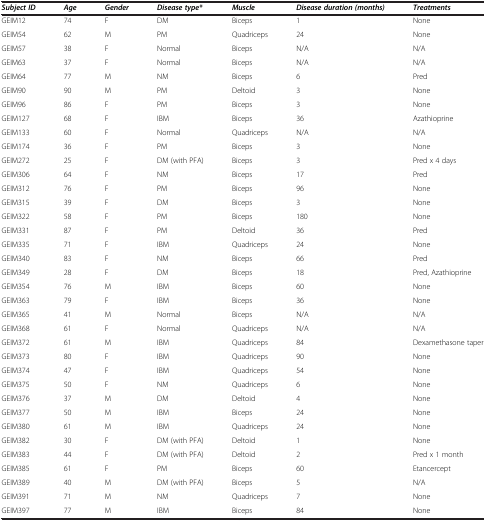
<table><thead><tr><td><b><i>Subject ID</i></b></td><td><b><i>Age</i></b></td><td><b><i>Gender</i></b></td><td><b><i>Disease type*</i></b></td><td><b><i>Muscle</i></b></td><td><b><i>Disease duration (months)</i></b></td><td><b><i>Treatments</i></b></td></tr></thead><tbody><tr><td>GEIM12</td><td>74</td><td>F</td><td>DM</td><td>Biceps</td><td>1</td><td>None</td></tr><tr><td>GEIM54</td><td>62</td><td>M</td><td>PM</td><td>Quadriceps</td><td>24</td><td>None</td></tr><tr><td>GEIM57</td><td>38</td><td>F</td><td>Normal</td><td>Biceps</td><td>N/A</td><td>N/A</td></tr><tr><td>GEIM63</td><td>37</td><td>F</td><td>Normal</td><td>Biceps</td><td>N/A</td><td>N/A</td></tr><tr><td>GEIM64</td><td>77</td><td>M</td><td>NM</td><td>Biceps</td><td>6</td><td>Pred</td></tr><tr><td>GEIM90</td><td>90</td><td>M</td><td>PM</td><td>Deltoid</td><td>3</td><td>None</td></tr><tr><td>GEIM96</td><td>86</td><td>F</td><td>PM</td><td>Biceps</td><td>3</td><td>None</td></tr><tr><td>GEIM127</td><td>68</td><td>F</td><td>IBM</td><td>Biceps</td><td>36</td><td>Azathioprine</td></tr><tr><td>GEIM133</td><td>60</td><td>F</td><td>Normal</td><td>Quadriceps</td><td>N/A</td><td>N/A</td></tr><tr><td>GEIM174</td><td>36</td><td>F</td><td>PM</td><td>Biceps</td><td>3</td><td>None</td></tr><tr><td>GEIM272</td><td>25</td><td>F</td><td>DM (with PFA)</td><td>Biceps</td><td>3</td><td>Pred x 4 days</td></tr><tr><td>GEIM306</td><td>64</td><td>F</td><td>NM</td><td>Biceps</td><td>17</td><td>Pred</td></tr><tr><td>GEIM312</td><td>76</td><td>F</td><td>PM</td><td>Biceps</td><td>96</td><td>None</td></tr><tr><td>GEIM315</td><td>39</td><td>F</td><td>DM</td><td>Biceps</td><td>3</td><td>None</td></tr><tr><td>GEIM322</td><td>58</td><td>F</td><td>PM</td><td>Biceps</td><td>180</td><td>None</td></tr><tr><td>GEIM331</td><td>87</td><td>F</td><td>PM</td><td>Deltoid</td><td>36</td><td>Pred</td></tr><tr><td>GEIM335</td><td>71</td><td>F</td><td>IBM</td><td>Quadriceps</td><td>24</td><td>None</td></tr><tr><td>GEIM340</td><td>83</td><td>F</td><td>NM</td><td>Biceps</td><td>66</td><td>Pred</td></tr><tr><td>GEIM349</td><td>28</td><td>F</td><td>DM</td><td>Biceps</td><td>18</td><td>Pred, Azathioprine</td></tr><tr><td>GEIM354</td><td>76</td><td>M</td><td>IBM</td><td>Biceps</td><td>60</td><td>None</td></tr><tr><td>GEIM363</td><td>79</td><td>F</td><td>IBM</td><td>Biceps</td><td>36</td><td>None</td></tr><tr><td>GEIM365</td><td>41</td><td>M</td><td>Normal</td><td>Biceps</td><td>N/A</td><td>N/A</td></tr><tr><td>GEIM368</td><td>61</td><td>F</td><td>Normal</td><td>Quadriceps</td><td>N/A</td><td>N/A</td></tr><tr><td>GEIM372</td><td>61</td><td>M</td><td>IBM</td><td>Quadriceps</td><td>84</td><td>Dexamethasone taper</td></tr><tr><td>GEIM373</td><td>80</td><td>F</td><td>IBM</td><td>Quadriceps</td><td>90</td><td>None</td></tr><tr><td>GEIM374</td><td>47</td><td>F</td><td>IBM</td><td>Quadriceps</td><td>54</td><td>None</td></tr><tr><td>GEIM375</td><td>50</td><td>F</td><td>NM</td><td>Quadriceps</td><td>6</td><td>None</td></tr><tr><td>GEIM376</td><td>37</td><td>M</td><td>DM</td><td>Deltoid</td><td>4</td><td>None</td></tr><tr><td>GEIM377</td><td>50</td><td>M</td><td>IBM</td><td>Biceps</td><td>24</td><td>None</td></tr><tr><td>GEIM380</td><td>61</td><td>M</td><td>IBM</td><td>Quadriceps</td><td>24</td><td>None</td></tr><tr><td>GEIM382</td><td>30</td><td>F</td><td>DM (with PFA)</td><td>Deltoid</td><td>1</td><td>None</td></tr><tr><td>GEIM383</td><td>44</td><td>F</td><td>DM (with PFA)</td><td>Deltoid</td><td>2</td><td>Pred x 1 month</td></tr><tr><td>GEIM385</td><td>61</td><td>F</td><td>PM</td><td>Biceps</td><td>60</td><td>Etancercept</td></tr><tr><td>GEIM389</td><td>40</td><td>M</td><td>DM (with PFA)</td><td>Biceps</td><td>5</td><td>N/A</td></tr><tr><td>GEIM391</td><td>71</td><td>M</td><td>NM</td><td>Quadriceps</td><td>7</td><td>None</td></tr><tr><td>GEIM397</td><td>77</td><td>M</td><td>IBM</td><td>Biceps</td><td>84</td><td>None</td></tr></tbody></table>